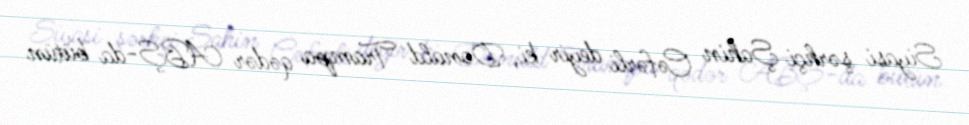
Siyasi şərhçi Şahin Cəfərli deyir ki, Donald Trampa qədər ABŞ-da bütün